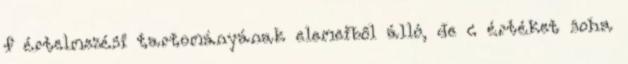
f értelmezési tartományának elemeiből álló, de c értéket soha